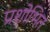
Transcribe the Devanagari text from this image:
प्रशोभित